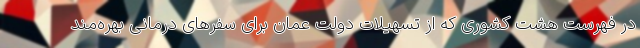
در فهرست هشت کشوری که از تسهیلات دولت عمان برای سفرهای درمانی بهره‌مند